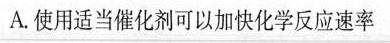
A.使用适当催化剂可以加快化学反应速率